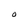
Character: 0